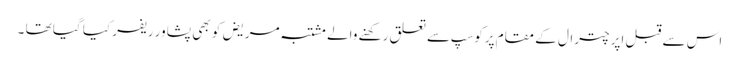
اس سے قبل اپر چترال کے مقام پرکوسپ سے تعلق رکھنے والے مشتبہ مریض کو بھی پشاور ریفر کیا گیا تھا ۔